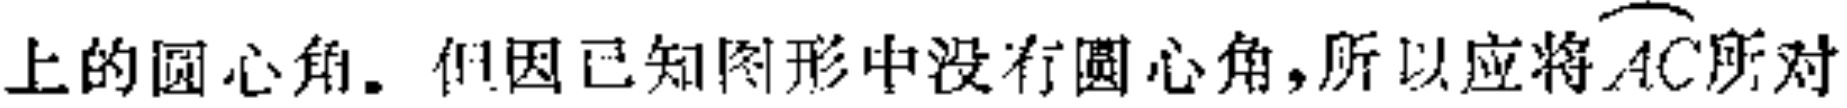
上的圆心角. 但因已知图形中没有圆心角,所以应将$\overset{\frown}{AC}$所对